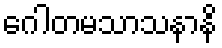
ဂေါတမသာသနာနိ